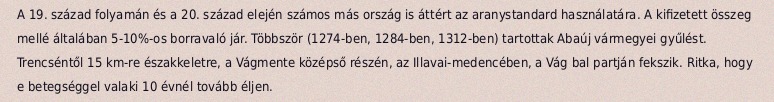
A 19. század folyamán és a 20. század elején számos más ország is áttért az aranystandard használatára. A kifizetett összeg mellé általában 5-10%-os borravaló jár. Többször (1274-ben, 1284-ben, 1312-ben) tartottak Abaúj vármegyei gyűlést. Trencséntől 15 km-re északkeletre, a Vágmente középső részén, az Illavai-medencében, a Vág bal partján fekszik. Ritka, hogy e betegséggel valaki 10 évnél tovább éljen.